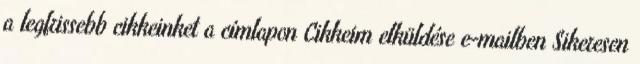
a legfrissebb cikkeinket a címlapon Cikkeim elküldése e-mailben Sikeresen